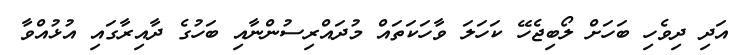
އަދި ދިވެހި ބަހަށް ލޯބިޖެހޭ ކަހަލަ ވާހަކަތައް މުދައްރިސުންނާއި ބަހުގެ ދާއިރާގައި އުޅުއްވާ